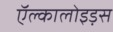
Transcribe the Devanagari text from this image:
ऍल्कालोइड़स